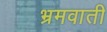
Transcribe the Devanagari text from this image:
भ्रमवाती